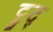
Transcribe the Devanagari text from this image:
ट्रुद्